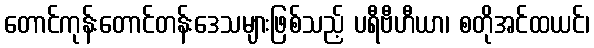
တောင်ကုန်းတောင်တန်းဒေသများဖြစ်သည့် ပရီဗီဟီယာ၊ စတိုအင်ထယင်၊